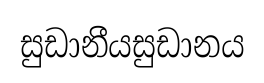
සුඩානීයසුඩානය